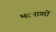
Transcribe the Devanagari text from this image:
भटनागरों